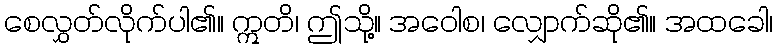
စေလွှတ်လိုက်ပါ၏။ ဣတိ၊ ဤသို့။ အဝေါစ၊ လျှောက်ဆို၏။ အထခေါ၊